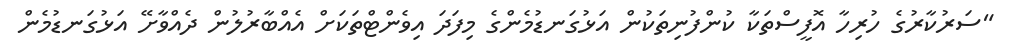
"ސަރުކާރުގެ ހުރިހާ އޮފީސްތަކާ ކުންފުނިތަކުން އަޅުގަނޑުމެންގެ މިފަދަ އިވެންޓްތަކަށް އެއްބާރުލުން ދެއްވާށޭ އަޅުގަނޑުމެން